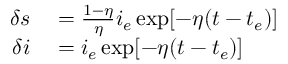
\begin{array} { r l } { \delta s } & { { } = \frac { 1 - \eta } { \eta } i _ { e } \exp [ - \eta ( t - t _ { e } ) ] } \\ { \delta i } & { { } = i _ { e } \exp [ - \eta ( t - t _ { e } ) ] } \end{array}